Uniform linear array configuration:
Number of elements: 32
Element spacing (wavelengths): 1
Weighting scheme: blackman
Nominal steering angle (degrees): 0
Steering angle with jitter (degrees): -1.265
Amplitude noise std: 0.05
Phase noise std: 0.05

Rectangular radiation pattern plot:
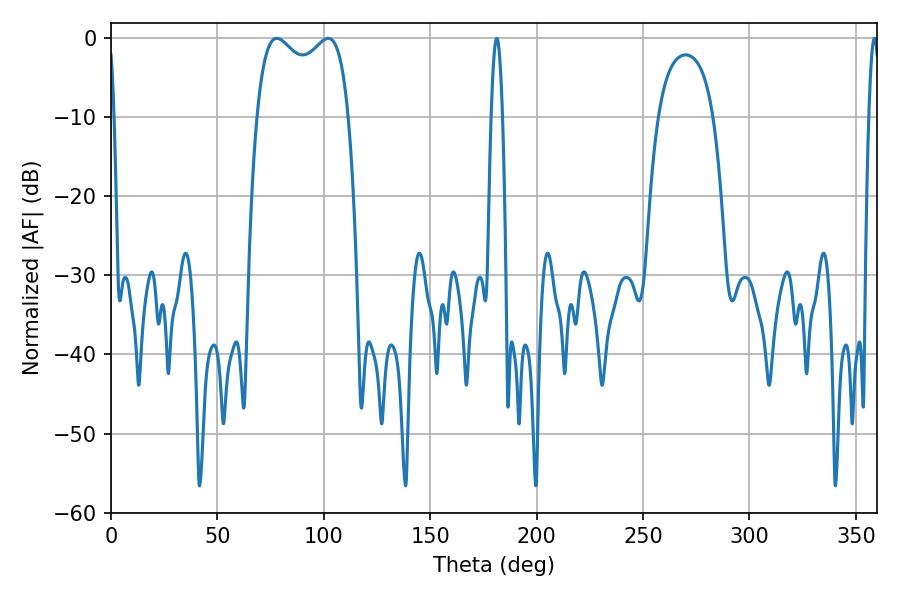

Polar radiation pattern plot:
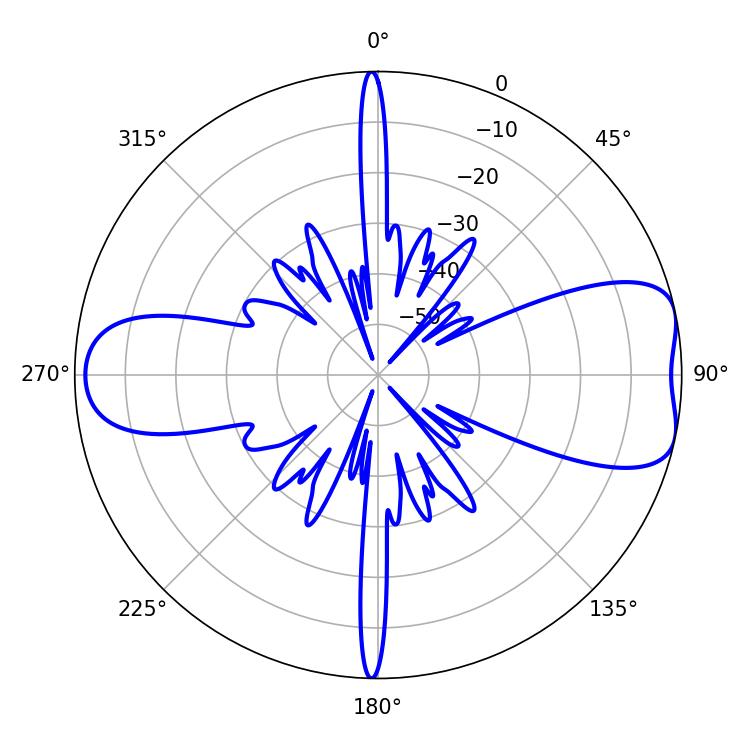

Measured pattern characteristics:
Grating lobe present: TRUE
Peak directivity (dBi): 7.774
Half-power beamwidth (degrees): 35.64
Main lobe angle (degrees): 77.94